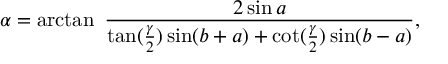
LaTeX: \alpha = \arctan \ { \frac { 2 \sin a } { \tan ( { \frac { \gamma } { 2 } } ) \sin ( b + a ) + \cot ( { \frac { \gamma } { 2 } } ) \sin ( b - a ) } } ,